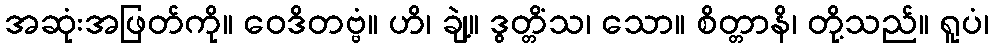
အဆုံးအဖြတ်ကို။ ဝေဒိတဗ္ဗံ။ ဟိ၊ ချဲ့။ ဒွတ္တိံသ၊ သော။ စိတ္တာနိ၊ တို့သည်။ ရူပံ၊